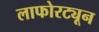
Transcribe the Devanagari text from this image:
लाफोरट्यून